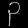
Digit: ၃